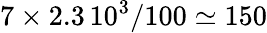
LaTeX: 7\times 2.3\, 10^{3}/100\simeq 150